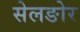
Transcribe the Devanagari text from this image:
सेलङोर